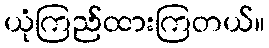
ယုံကြည်ထားကြတယ်။